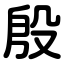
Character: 殷